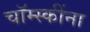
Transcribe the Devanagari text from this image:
चॉम्स्कींना